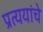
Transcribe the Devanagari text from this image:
प्रत्ययांचे